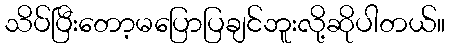
သိပ်ပြီးတော့မပြောပြချင်ဘူးလို့ဆိုပါတယ်။